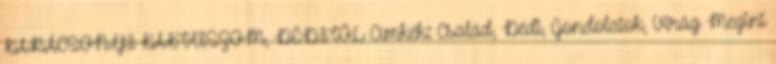
KARÁCSONYI KAKTUSZOM, DÉDITŐL Címkék: Család, Dédi, Gondolatok, Virág Megint